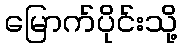
မြောက်ပိုင်းသို့